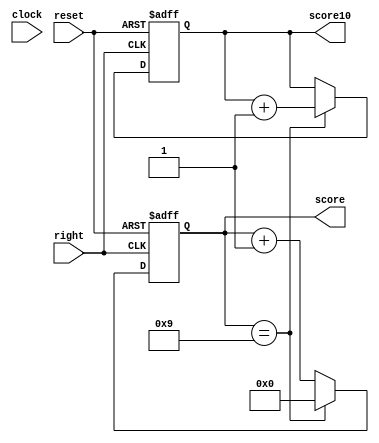
module score(clock, reset, score, score10, right);
	input reset, clock, right;
	output reg[3:0] score, score10;
	
	
	always@(/*posedge clock or */negedge reset or posedge right)
	begin
		if(!reset)
		begin
			score <= 4'd0;
			score10 <= 4'd0;
		end
		else if(right)
			begin
				if(score == 4'd9)
				begin
					score10 <= score10 + 4'd1;
					score <= 4'd0;
				end
				else
					score <= score + 4'd1;
			end
	end
endmodule